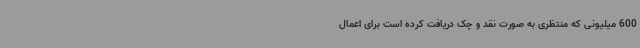
600 میلیونی که منتظری به صورت نقد و چک دریافت کرده است برای اعمال